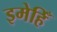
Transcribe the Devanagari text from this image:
इमेहिँ